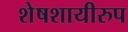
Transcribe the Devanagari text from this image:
शेषशायीरुप